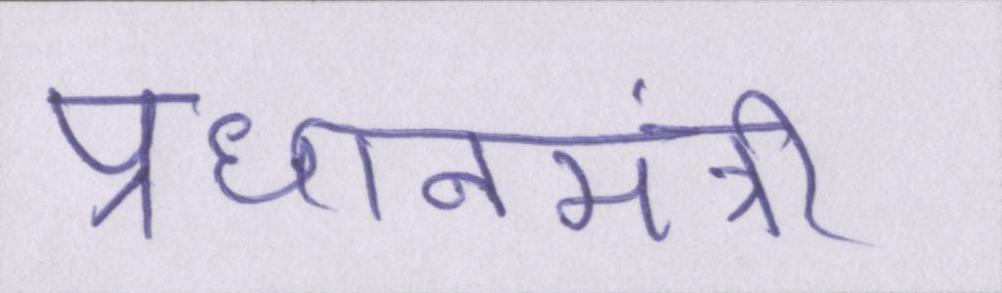
प्रधानमंत्री